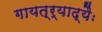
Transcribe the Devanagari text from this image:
गायत्र्याद्यैः